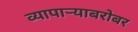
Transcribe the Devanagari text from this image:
व्यापाऱ्याबरोबर